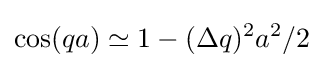
\cos(qa)\simeq 1-(\Delta q)^{2}a^{2}/2